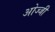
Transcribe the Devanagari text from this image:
ओज्जी